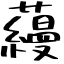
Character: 蘰